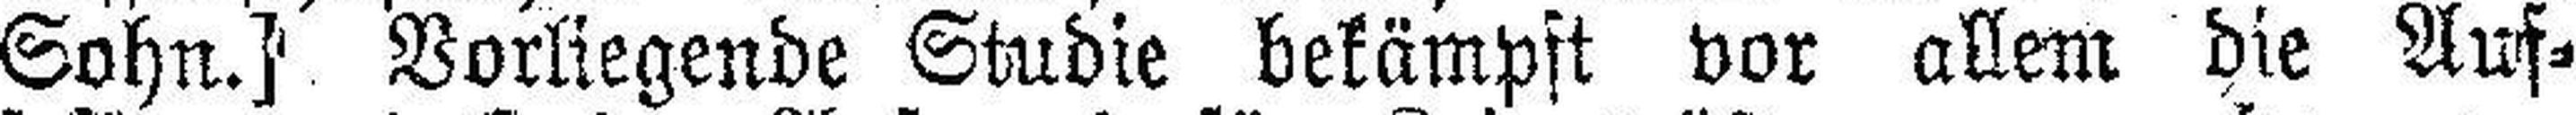
Sohn.] Vorliegende Studie bekämpft vor allem die Auf¬